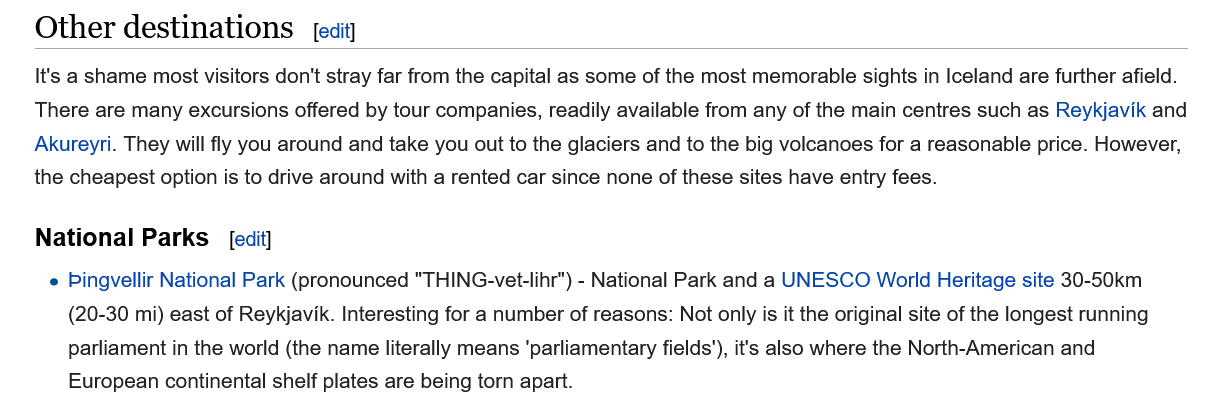
Other   destinations
    National  Park
     [edit]
     peait}
    It's a shame most visitors don't stray far from the capital as some of the most memorable sights in Iceland are further afield.
    There are many excursions offered by tour companies, readily available from any of the main centres such as Reykjavik and
    Akureyri. They will fly you around and take you out to the glaciers and to the big volcanoes for a reasonable price. However,
    the cheapest option is to drive around with a rented car since none of these sites have entry fees.
     e Pingvellir National Park (pronounced "THING-vet-lihr") -
     National Park and a UNESCO World Heritage site 30-50km
     (20-30 mi) east of Reykjavik. Interesting for a number of reasons: Not only is it the original site of the longest running
     parliament in the world (the name literally means ‘parliamentary fields’), it's also where the North-American and
     European continental shelf plates are being torn apart.